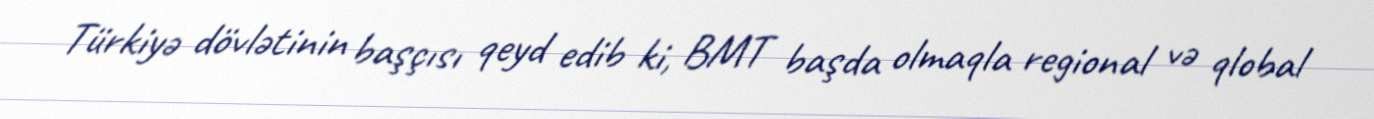
Türkiyə dövlətinin başçısı qeyd edib ki, BMT başda olmaqla regional və qlobal